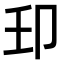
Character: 𫧺